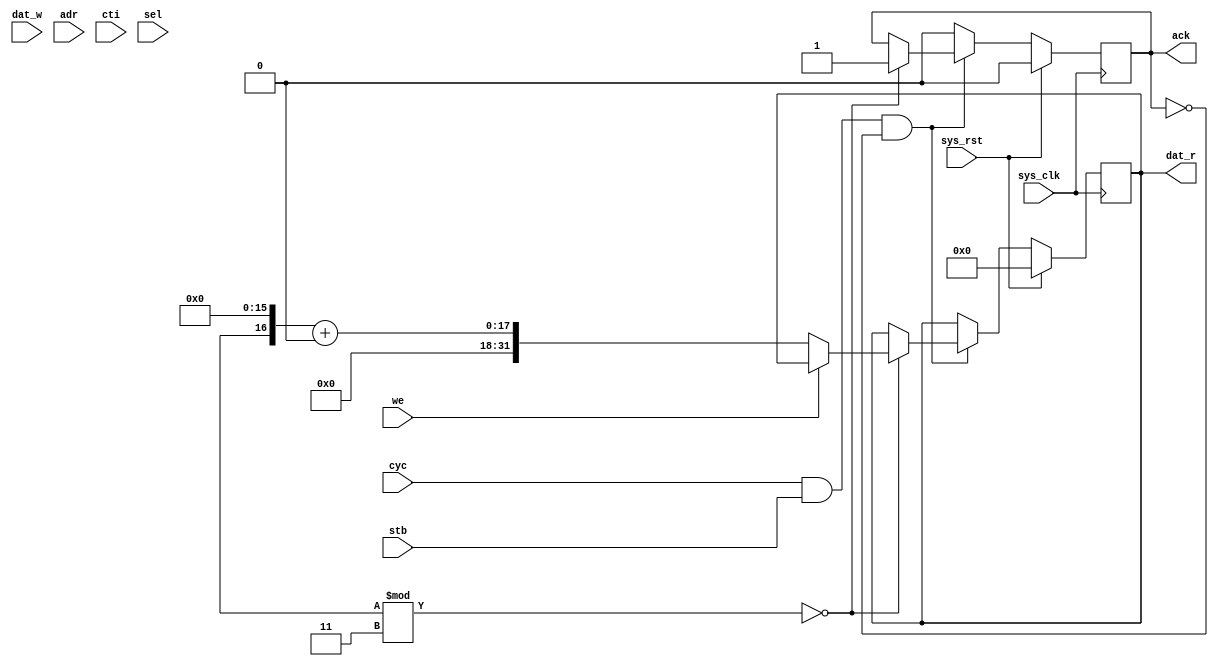
/*
 * Milkymist SoC
 * Copyright (C) 2007, 2008, 2009 Sebastien Bourdeauducq
 *
 * This program is free software: you can redistribute it and/or modify
 * it under the terms of the GNU General Public License as published by
 * the Free Software Foundation, version 3 of the License.
 *
 * This program is distributed in the hope that it will be useful,
 * but WITHOUT ANY WARRANTY; without even the implied warranty of
 * MERCHANTABILITY or FITNESS FOR A PARTICULAR PURPOSE.  See the
 * GNU General Public License for more details.
 *
 * You should have received a copy of the GNU General Public License
 * along with this program.  If not, see <http://www.gnu.org/licenses/>.
 */

module slave #(
	parameter id = 0,
	parameter p = 3
) (
	input sys_clk,
	input sys_rst,
	
	input [31:0] dat_w,
	output reg [31:0] dat_r,
	input [31:0] adr,
	input [2:0] cti,
	input we,
	input [3:0] sel,
	input cyc,
	input stb,
	output reg ack
);

always @(posedge sys_clk) begin
	if(sys_rst) begin
		dat_r = 0;
		ack = 0;
	end else begin
		if(cyc & stb & ~ack) begin
			if(($random % p) == 0) begin
				ack = 1;
				if(~we)
					dat_r = ($random << 16) + id;
				if(we)
					$display("[S%d] Ack W: %x:%x [%x]", id, adr, dat_w, sel);
				else
					$display("[S%d] Ack R: %x:%x [%x]", id, adr, dat_r, sel);
			end
		end else
			ack = 0;
	end
end

endmodule